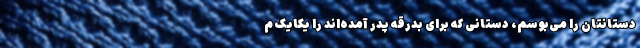
دستانتان را می‌بوسم، دستانی که برای بدرقه پدر آمده‌اند را یکایک م